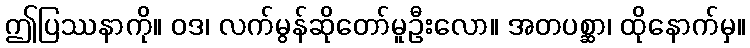
ဤပြဿနာကို။ ဝဒ၊ လက်မွန်ဆိုတော်မူဦးလော။ အတပစ္ဆာ၊ ထိုနောက်မှ။